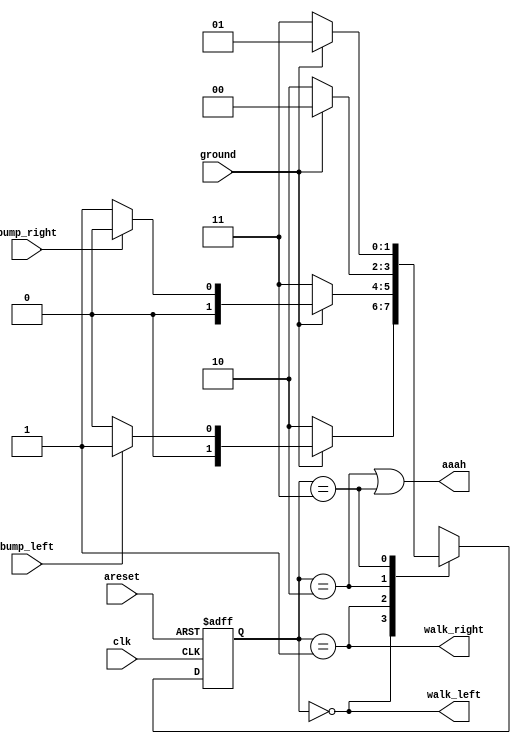
module top_module(
    input clk,
    input areset,    // Freshly brainwashed Lemmings walk left.
    input bump_left,
    input bump_right,
    input ground,
    output walk_left,
    output walk_right,
    output aaah ); 

    // parameter LEFT=0, RIGHT=1, ...
    parameter LEFT = 0 , RIGHT = 1 , FALLING_L = 2 , FALLING_R = 3;
    reg[1:0] state, next_state;

    always @(*) begin
        // State transition logic
        case(state)
            LEFT :next_state = ground ? (bump_left  ? RIGHT : LEFT ) : FALLING_L ;
            RIGHT:next_state = ground ? (bump_right ? LEFT  : RIGHT) : FALLING_R ; 
            FALLING_L : next_state = ground ? LEFT : FALLING_L ;
            FALLING_R : next_state = ground ? RIGHT: FALLING_R ;
        endcase
    end

    always @(posedge clk, posedge areset) begin
        // State flip-flops with asynchronous reset
		if(areset)
        	state <= LEFT;
        else 
            state <= next_state;
    end

    // Output logic
    // assign walk_left = (state == ...);
    // assign walk_right = (state == ...);
    assign walk_left  = (state == LEFT);
    assign walk_right = (state == RIGHT);
    assign aaah       = (state == FALLING_L || state == FALLING_R);
endmodule